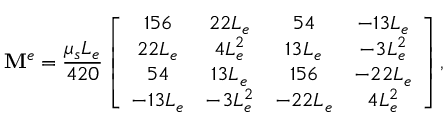
\mathbf { M } ^ { e } = \frac { \mu _ { s } L _ { e } } { 4 2 0 } \left[ \begin{array} { c c c c } { 1 5 6 } & { 2 2 L _ { e } } & { 5 4 } & { - 1 3 L _ { e } } \\ { 2 2 L _ { e } } & { 4 L _ { e } ^ { 2 } } & { 1 3 L _ { e } } & { - 3 L _ { e } ^ { 2 } } \\ { 5 4 } & { 1 3 L _ { e } } & { 1 5 6 } & { - 2 2 L _ { e } } \\ { - 1 3 L _ { e } } & { - 3 L _ { e } ^ { 2 } } & { - 2 2 L _ { e } } & { 4 L _ { e } ^ { 2 } } \end{array} \right] ,